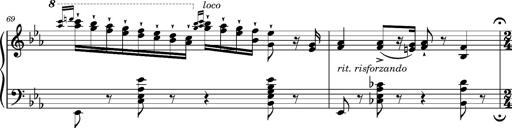
Title: Magyar rapszÃ³diÃ¡k
Composer: Franz Liszt